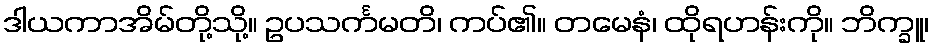
ဒါယကာအိမ်တို့သို့။ ဥပသင်္ကမတိ၊ ကပ်၏။ တမေနံ၊ ထိုရဟန်းကို။ ဘိက္ခူ၊